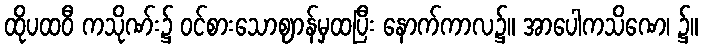
ထိုပထဝီ ကသိုဏ်း၌ ဝင်စားသောဈာန်မှထပြီး နောက်ကာလ၌။ အာပေါကသိဏေ၊ ၌။